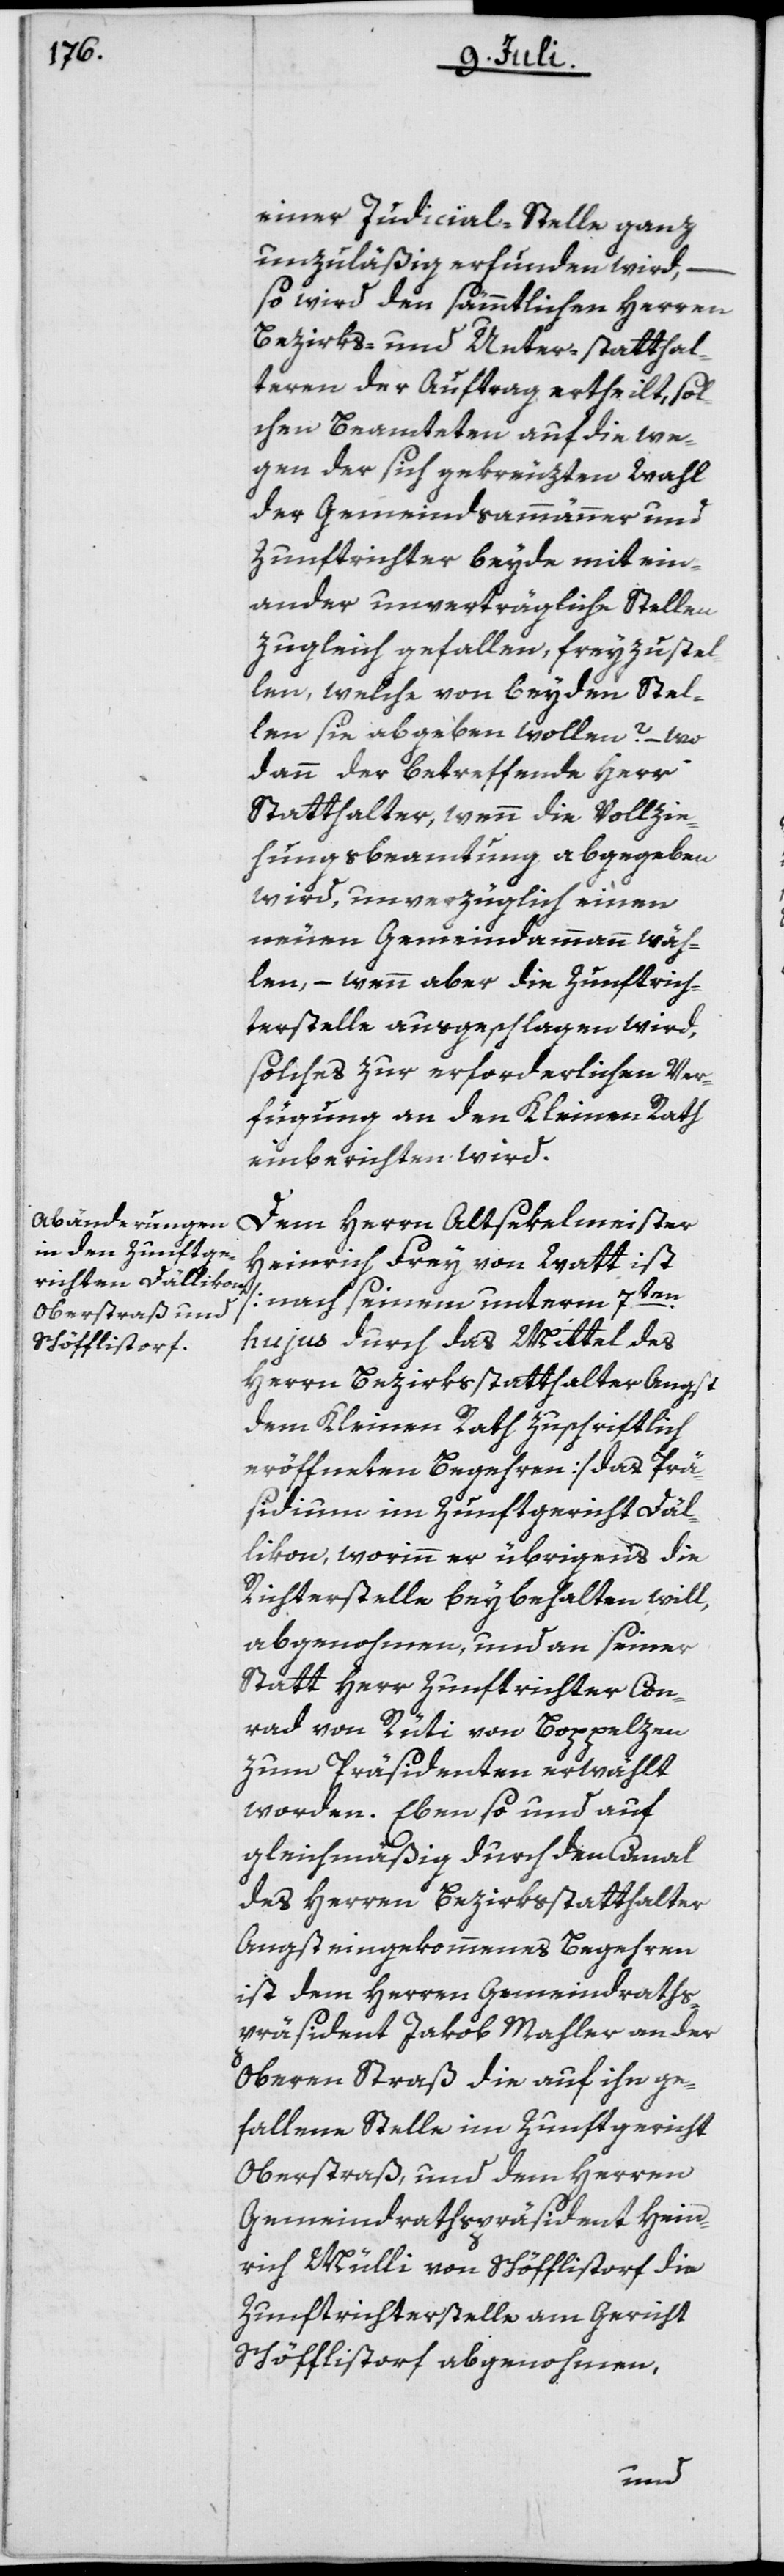
einer Judicial-Stelle ganz
unzuläßig erfunden wird, –
so wird den sämmtlichen Herren
Bezirks- und Unter-Statthal¬
teren der Auftrag ertheilt, sol¬
chen Beamteten auf die we¬
gen der sich gekreuzten Wahl
der Gemeindsammänner und
Zunftrichter beyde mit ein¬
ander unverträgliche Stellen
zugleich gefallen, frey zu stel¬
len, welche von beyden Stel¬
len sie abgeben wollen? – wo
dann der betreffende Herr
Statthalter, wenn die Vollzie¬
hungsbeamtung abgegeben
wird, unverzüglich einen
neuen Gemeindammann wäh¬
len, – wenn aber die Zunftrich¬
terstelle ausgeschlagen wird,
solches zur erforderlichen Ver¬
fügung an den Kleinen Rath
einberichten wird.
Dem Herrn Altsekelmeister
Heinrich Frey von Watt ist
[nach seinem unterm 7ten
hujus durch das Mittel des
Herrn Bezirksstatthalter Angst
dem Kleinen Rath zuschriftlich
eröffneten Begehren] das Prä¬
sidium im Zunftgericht Däl¬
likon, worinn er übrigens die
Richterstelle beybehalten will,
abgenohmen, und an seiner
Statt Herr Zunftrichter Con¬
rad von Rüti von Boppelzen
zum Präsidenten erwählt
worden. Ebenso und auf
gleichmäßig durch den Canal
des Herren Bezirksstatthalter
Angst eingekommenes Begehren
ist dem Herren Gemeindraths¬
präsident Jakob Mahler an der
Oberen Straß die auf ihn ge¬
fallene Stelle im Zunftgericht
Oberstraß, und dem Herren
Gemeindrathspräsident Hein¬
rich Mülli von Schöfflistorf die
Zunftrichterstelle am Gericht
Schöfflistorf abgenohmen,